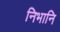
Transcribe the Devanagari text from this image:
निभानि